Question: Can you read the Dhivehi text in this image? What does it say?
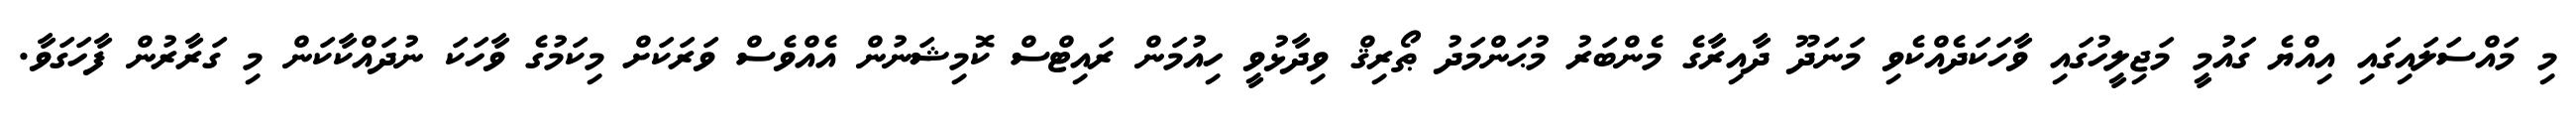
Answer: މި މައްސަލައިގައި އިއްޔެ ގައުމީ މަޖިލީހުގައި ވާހަކަދެއްކެވި މަނަދޫ ދާއިރާގެ މެންބަރު މުޙަންމަދު ޠޯރިޤް ވިދާޅުވީ ހިއުމަން ރައިޓްސް ކޮމިޝަނުން އެއްވެސް ވަރަކަށް މިކަމުގެ ވާހަކަ ނުދައްކާކަން މި ގަރާރުން ފާހަގަވާ.